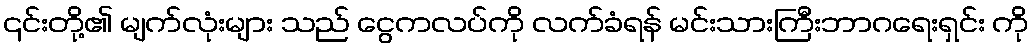
၎င်းတို့၏ မျက်လုံးများ သည် ငွေကလပ်ကို လက်ခံရန် မင်းသားကြီးဘာဂရေးရှင်း ကို